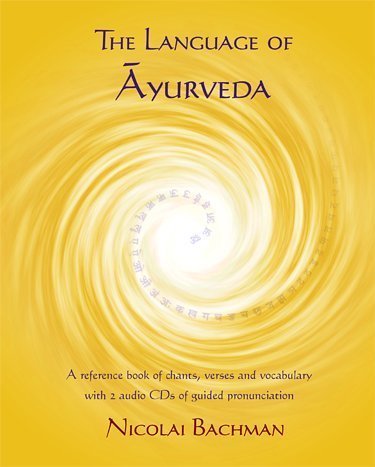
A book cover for The Language of Ayurveda; Nicolai Bachman; Health, Fitness & Dieting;